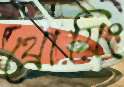
থ্রোয়িং